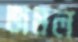
জমল